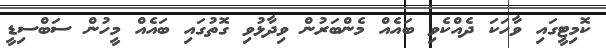
ކޮމިޓީގައި ވާހަކަ ދެއްކެވި ބައެއް މެންބަރުން ވިދާޅުވި ގޮތުގައި ބައެއް މީހުން ސަބްސިޑީ